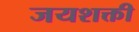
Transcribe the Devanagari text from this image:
जयशक्ती